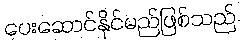
ပေးဆောင်နိုင်မည်ဖြစ်သည်